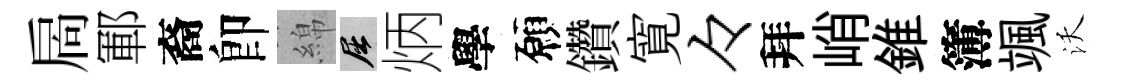
扄鄆裔卽綿屈炳學願鑽寛々拜峭錐簿颯沃